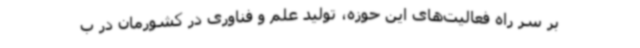
بر سر راه فعالیت‌های این حوزه، تولید علم و فناوری در کشورمان در ب